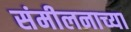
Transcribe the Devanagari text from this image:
संमीलनाच्या